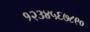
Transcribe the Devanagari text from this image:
१२३४५६७८९०